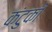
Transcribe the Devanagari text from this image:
कंटुकी